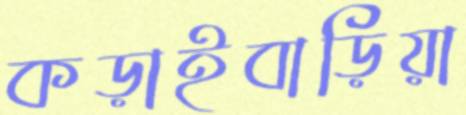
কড়াইবাড়িয়া